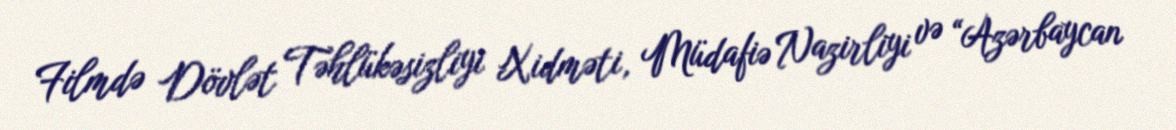
Filmdə Dövlət Təhlükəsizliyi Xidməti, Müdafiə Nazirliyi və “Azərbaycan